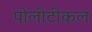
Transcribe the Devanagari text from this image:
पोलीटीकल